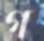
গ